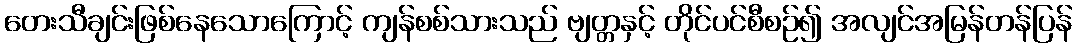
တေးသီချင်းဖြစ်နေသောကြောင့် ကျန်စစ်သားသည် ဗျတ္တနှင့် တိုင်ပင်စီစဉ်၍ အလျင်အမြန်တန်ပြန်